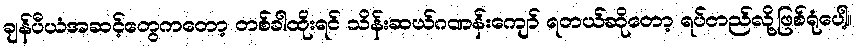
ချန်ပီယံအဆင့်တွေကတော့ တစ်ခါထိုးရင် သိန်းဆယ်ဂဏန်းကျော် ရတယ်ဆိုတော့ ရပ်တည်လို့ဖြစ်ရုံပေါ့။